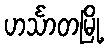
ဟင်္သာတမြို့